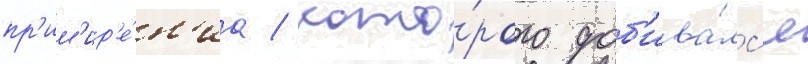
пр'им'ир'е́н'иа / кото́рого доб'ива́лс'я